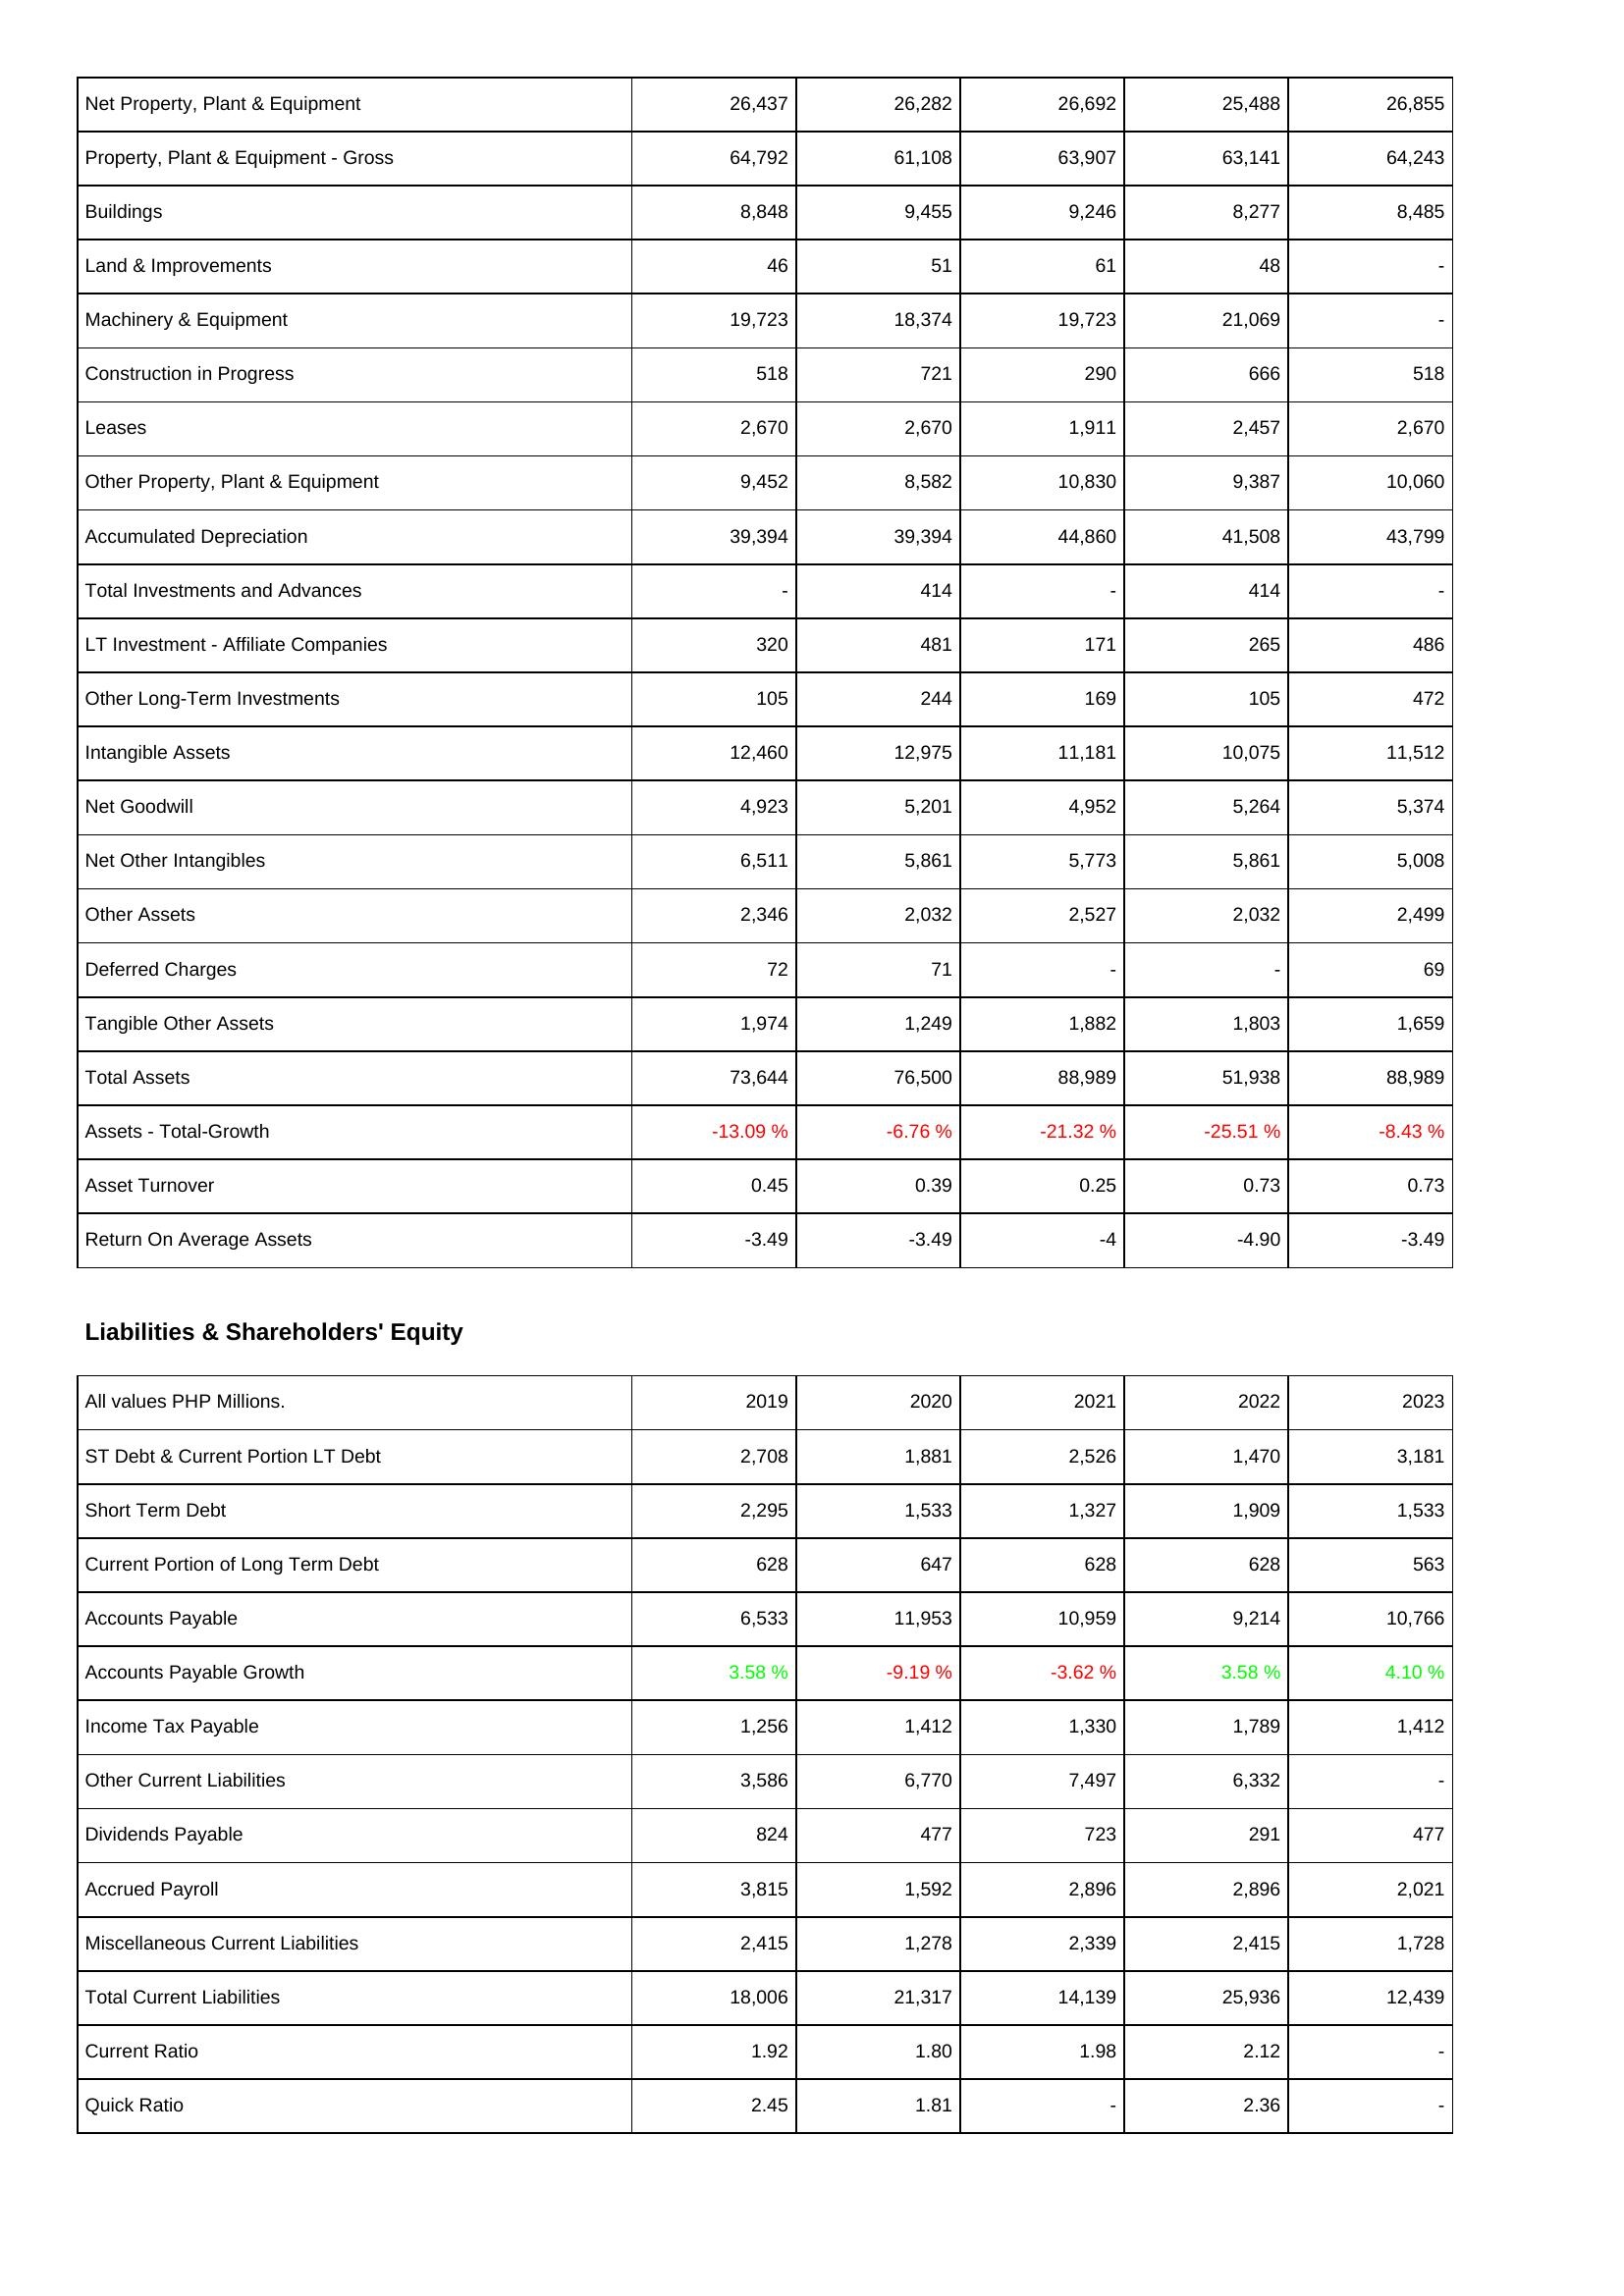
2019: Assets: Net Property, Plant & Equipment: 26,437
Property, Plant & Equipment - Gross: 64,792
Buildings: 8,848
Land & Improvements: 46
Machinery & Equipment: 19,723
Construction in Progress: 518
Leases: 2,670
Other Property, Plant & Equipment: 9,452
Accumulated Depreciation: 39,394
Total Investments and Advances: -
LT Investment - Affiliate Companies: 320
Other Long-Term Investments: 105
Intangible Assets: 12,460
Net Goodwill: 4,923
Net Other Intangibles: 6,511
Other Assets: 2,346
Deferred Charges: 72
Tangible Other Assets: 1,974
Total Assets: 73,644
Assets - Total-Growth: -13.09 %
Asset Turnover: 0.45
Return On Average Assets: -3.49
Liabilities & Shareholders' Equity: ST Debt & Current Portion LT Debt: 2,708
Short Term Debt: 2,295
Current Portion of Long Term Debt: 628
Accounts Payable: 6,533
Accounts Payable Growth: 3.58 %
Income Tax Payable: 1,256
Other Current Liabilities: 3,586
Dividends Payable: 824
Accrued Payroll: 3,815
Miscellaneous Current Liabilities: 2,415
Total Current Liabilities: 18,006
Current Ratio: 1.92
Quick Ratio: 2.45
2020: Assets: Net Property, Plant & Equipment: 26,282
Property, Plant & Equipment - Gross: 61,108
Buildings: 9,455
Land & Improvements: 51
Machinery & Equipment: 18,374
Construction in Progress: 721
Leases: 2,670
Other Property, Plant & Equipment: 8,582
Accumulated Depreciation: 39,394
Total Investments and Advances: 414
LT Investment - Affiliate Companies: 481
Other Long-Term Investments: 244
Intangible Assets: 12,975
Net Goodwill: 5,201
Net Other Intangibles: 5,861
Other Assets: 2,032
Deferred Charges: 71
Tangible Other Assets: 1,249
Total Assets: 76,500
Assets - Total-Growth: -6.76 %
Asset Turnover: 0.39
Return On Average Assets: -3.49
Liabilities & Shareholders' Equity: ST Debt & Current Portion LT Debt: 1,881
Short Term Debt: 1,533
Current Portion of Long Term Debt: 647
Accounts Payable: 11,953
Accounts Payable Growth: -9.19 %
Income Tax Payable: 1,412
Other Current Liabilities: 6,770
Dividends Payable: 477
Accrued Payroll: 1,592
Miscellaneous Current Liabilities: 1,278
Total Current Liabilities: 21,317
Current Ratio: 1.80
Quick Ratio: 1.81
2021: Assets: Net Property, Plant & Equipment: 26,692
Property, Plant & Equipment - Gross: 63,907
Buildings: 9,246
Land & Improvements: 61
Machinery & Equipment: 19,723
Construction in Progress: 290
Leases: 1,911
Other Property, Plant & Equipment: 10,830
Accumulated Depreciation: 44,860
Total Investments and Advances: -
LT Investment - Affiliate Companies: 171
Other Long-Term Investments: 169
Intangible Assets: 11,181
Net Goodwill: 4,952
Net Other Intangibles: 5,773
Other Assets: 2,527
Deferred Charges: -
Tangible Other Assets: 1,882
Total Assets: 88,989
Assets - Total-Growth: -21.32 %
Asset Turnover: 0.25
Return On Average Assets: -4
Liabilities & Shareholders' Equity: ST Debt & Current Portion LT Debt: 2,526
Short Term Debt: 1,327
Current Portion of Long Term Debt: 628
Accounts Payable: 10,959
Accounts Payable Growth: -3.62 %
Income Tax Payable: 1,330
Other Current Liabilities: 7,497
Dividends Payable: 723
Accrued Payroll: 2,896
Miscellaneous Current Liabilities: 2,339
Total Current Liabilities: 14,139
Current Ratio: 1.98
Quick Ratio: -
2022: Assets: Net Property, Plant & Equipment: 25,488
Property, Plant & Equipment - Gross: 63,141
Buildings: 8,277
Land & Improvements: 48
Machinery & Equipment: 21,069
Construction in Progress: 666
Leases: 2,457
Other Property, Plant & Equipment: 9,387
Accumulated Depreciation: 41,508
Total Investments and Advances: 414
LT Investment - Affiliate Companies: 265
Other Long-Term Investments: 105
Intangible Assets: 10,075
Net Goodwill: 5,264
Net Other Intangibles: 5,861
Other Assets: 2,032
Deferred Charges: -
Tangible Other Assets: 1,803
Total Assets: 51,938
Assets - Total-Growth: -25.51 %
Asset Turnover: 0.73
Return On Average Assets: -4.90
Liabilities & Shareholders' Equity: ST Debt & Current Portion LT Debt: 1,470
Short Term Debt: 1,909
Current Portion of Long Term Debt: 628
Accounts Payable: 9,214
Accounts Payable Growth: 3.58 %
Income Tax Payable: 1,789
Other Current Liabilities: 6,332
Dividends Payable: 291
Accrued Payroll: 2,896
Miscellaneous Current Liabilities: 2,415
Total Current Liabilities: 25,936
Current Ratio: 2.12
Quick Ratio: 2.36
2023: Assets: Net Property, Plant & Equipment: 26,855
Property, Plant & Equipment - Gross: 64,243
Buildings: 8,485
Land & Improvements: -
Machinery & Equipment: -
Construction in Progress: 518
Leases: 2,670
Other Property, Plant & Equipment: 10,060
Accumulated Depreciation: 43,799
Total Investments and Advances: -
LT Investment - Affiliate Companies: 486
Other Long-Term Investments: 472
Intangible Assets: 11,512
Net Goodwill: 5,374
Net Other Intangibles: 5,008
Other Assets: 2,499
Deferred Charges: 69
Tangible Other Assets: 1,659
Total Assets: 88,989
Assets - Total-Growth: -8.43 %
Asset Turnover: 0.73
Return On Average Assets: -3.49
Liabilities & Shareholders' Equity: ST Debt & Current Portion LT Debt: 3,181
Short Term Debt: 1,533
Current Portion of Long Term Debt: 563
Accounts Payable: 10,766
Accounts Payable Growth: 4.10 %
Income Tax Payable: 1,412
Other Current Liabilities: -
Dividends Payable: 477
Accrued Payroll: 2,021
Miscellaneous Current Liabilities: 1,728
Total Current Liabilities: 12,439
Current Ratio: -
Quick Ratio: -